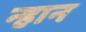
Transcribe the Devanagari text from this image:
न्हान